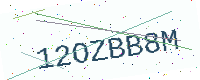
Text: 12OZBB8M